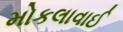
મોકલાવાઈ